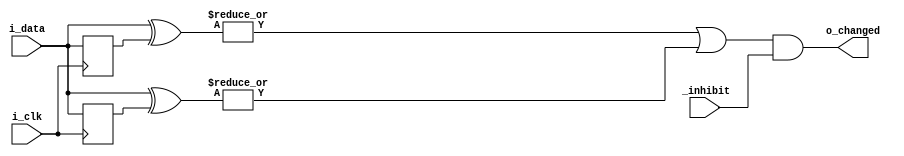
module pin_change_detector
#(
    parameter WIDTH = 8
)
(
    input [WIDTH-1:0] i_data,
    input i_clk,
    input _inhibit,
    output o_changed
);

reg [WIDTH-1:0] previous_pos = 0;
reg [WIDTH-1:0] previous_neg = 0;

always @(posedge i_clk)
    previous_pos <= i_data;

always @(negedge i_clk)
    previous_neg <= i_data;

assign o_changed = ((|(i_data ^ previous_pos)) | (|((i_data ^ previous_neg)))) & _inhibit;

endmodule